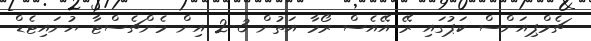
ޗެމްޕިއަންސް ކަޕުގައި ރޭ އޭއެސް ރޯމާ އަތުން 3-2 އިން މެންޗެސްޓާ ޔުނައިޓެޑް